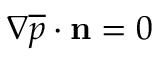
\nabla \overline { { p } } \cdot \mathbf { n } = 0